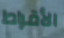
الأقراط